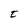
Character: t